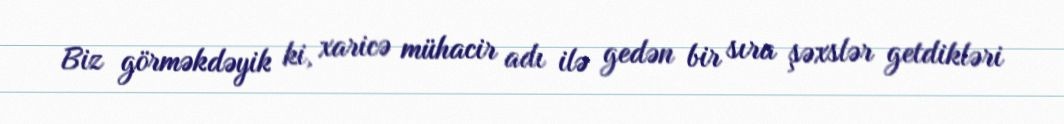
Biz görməkdəyik ki, xaricə mühacir adı ilə gedən bir sıra şəxslər getdikləri